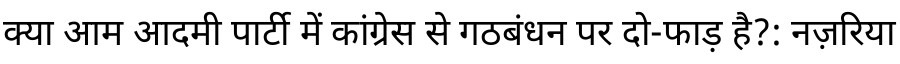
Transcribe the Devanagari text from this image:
क्या आम आदमी पार्टी में कांग्रेस से गठबंधन पर दो-फाड़ है?: नज़रिया